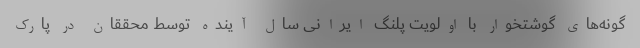
گونه‌های گوشتخوار با اولویت پلنگ ایرانی سال آینده توسط محققان در پارک